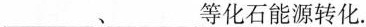
___、___等化石能源转化.